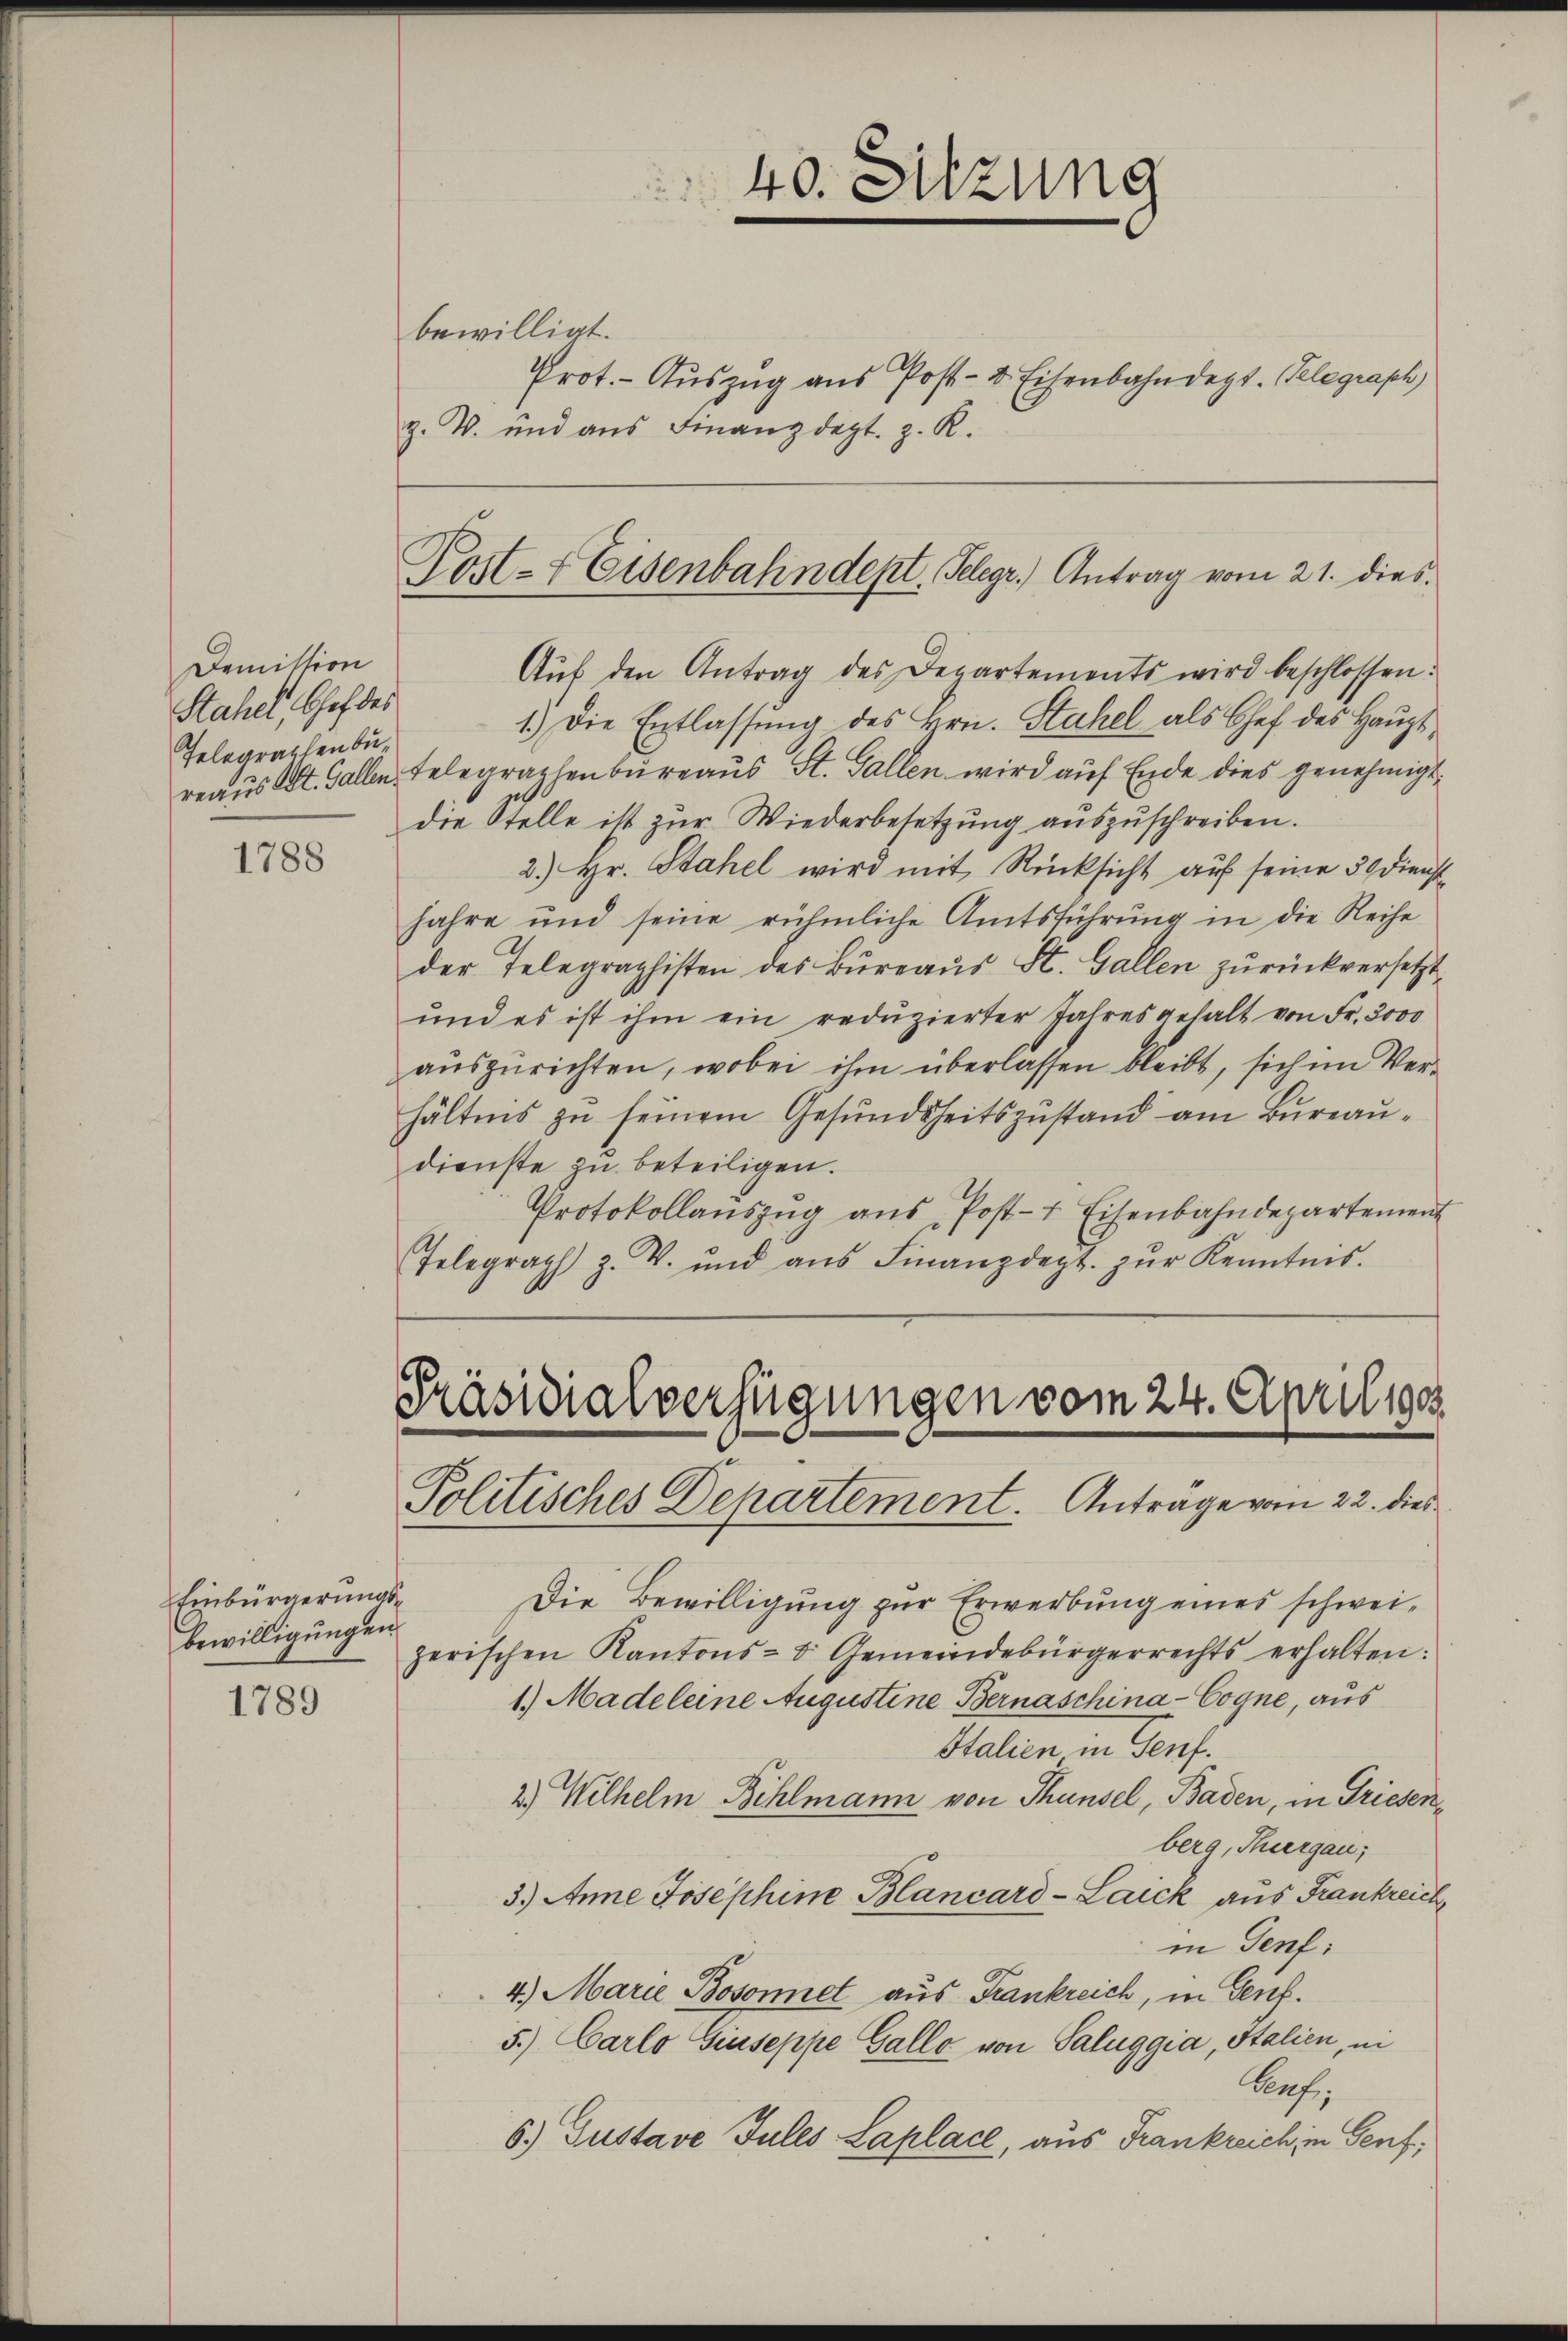
Demission
Stahel, Chef des
Telegraphenbu¬

1788

1789

bewilligt.

Post- & Eisenbahndept. Pelegr. Antrag vom 21. dies¬
Aŭs den Antrag des Departements wird beschlossen:

1.) Die Entlassung des Hrn. Stahel als Chef des Hauptreaus St. Gallen Telegraphenbureaus St. Gallen wird auf Ende dies genehmigt,
die Stelle ist zur Wiederbesetzung auszuschreiben.
2.) Hr. Stahel wird mit Rücksicht auf seine 30 Dienst
jahre und seine rühmliche Amtsführung in die Reihe
der Telegraphisten des Büreaŭs St. Gallen zurückversetzt
und es ist ihm ein redŭzierter Jahres gehalt von Fr. 3000
auszurichten, wobei ihm überlassen bleibt, sich im Verhältens zu seinem Gesundheitszustand am Bureaudienste zu beteiligen.
Protokollaŭszŭg aŭs Post- & Eisenbahndepartement
Telegraph z. T. und aŭs Finanzdeyt. zŭr Kenntnis.

Einbürgerungs¬
Bewilligungen.

z. W. und aŭs Finanzdept. z. R.

40. Sitzung
Prot. - Auszug aus Post- & Eisenbahndept. Telegraph

Präsidialverfügungen vom 24. Apriliges
Politisches Departement. Anträge vom 22. dies

Die Bewilligung zur Erwerbung eines schweizerischen Kantons- & Gemeindebürgerrechts erhalten:
1.) Madeleine Augustine Bernaschina-Cogne, aus
Italien in Senf.
2.) Wilhelm Bühlmann von Thunsel, Baden, in Griesenberg, Thurgau;
3.) Anne Josephine Blancard-Laick aus Frankreich
in Genf:
4.) Marie Bosonnet aus Frankreich, in Genf.
5.) Carlo Guseppe Gallo von Saluggia, Italien, ei
Pruf,
6.) Gustave Jules Laplace, aus Frankreich in Genf,